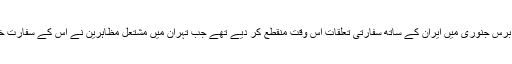
سعودی عرب نے رواں برس جنوری میں ایران کے ساتھ سفارتی تعلقات اس وقت منقطع کر دیے تھے جب تہران میں مشتعل مظاہرین نے اس کے سفارت خانے پر حملہ کر دیا تھا۔